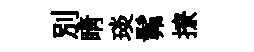
別睛琰髴撩